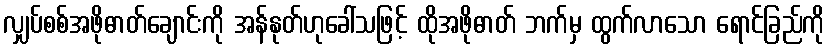
လျှပ်စစ်အဖိုဓာတ်ချောင်းကို အန်နုတ်ဟုခေါ်သဖြင့် ထိုအဖိုဓာတ် ဘက်မှ ထွက်လာသော ရောင်ခြည်ကို